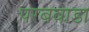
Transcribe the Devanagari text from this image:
परबवाडा